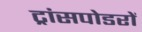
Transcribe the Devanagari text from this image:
ट्रांसपोडरों